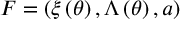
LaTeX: { \cal F } = \left( \xi \left( \theta \right) , \Lambda \left( \theta \right) , a \right)